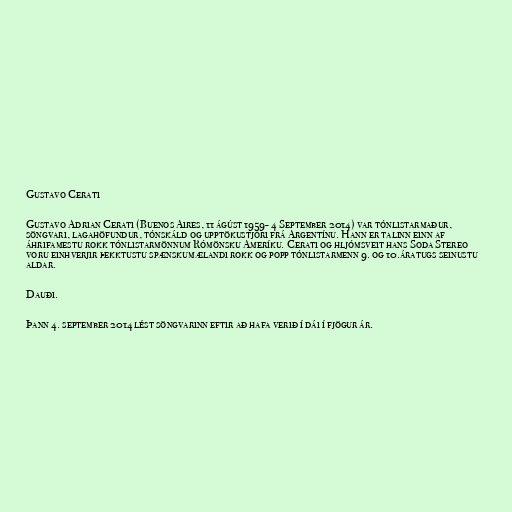
Gustavo Cerati

Gustavo Adrian Cerati (Buenos Aires, 11 ágúst 1959- 4 September 2014) var tónlistarmaður,
söngvari, lagahöfundur, tónskáld og upptökustjóri frá Argentínu. Hann er talinn einn af
áhrifamestu rokk tónlistarmönnum Rómönsku Ameríku. Cerati og hljómsveit hans Soda Stereo
voru einhverjir þekktustu spænskumælandi rokk og popp tónlistarmenn 9. og 10.áratugs seinustu
aldar.

Dauði.

Þann 4. september 2014 lést söngvarinn eftir að hafa verið í dái í fjögur ár.